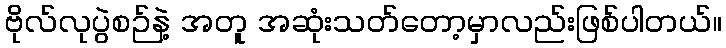
ဗိုလ်လုပွဲစဉ်နဲ့ အတူ အဆုံးသတ်တော့မှာလည်းဖြစ်ပါတယ်။